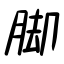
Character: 脚